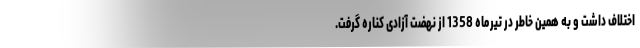
اختلاف داشت و به همین خاطر در تیرماه 1358 از نهضت آزادی کناره گرفت.